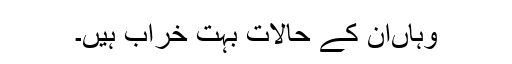
وہاں‌ان کے حالات بہت خراب ہیں۔